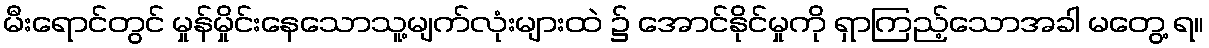
မီးရောင်တွင် မှုန်မှိုင်းနေသောသူ့မျက်လုံးများထဲ ၌ အောင်နိုင်မှုကို ရှာကြည့်သောအခါ မတွေ့ ရ။